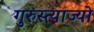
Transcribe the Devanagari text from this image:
गुरुस्त्याज्यो